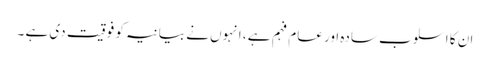
ان کا اسلوب سادہ اور عام فہم ہے ، انہوں نے بیانیہ کو فوقیت دی ہے ۔